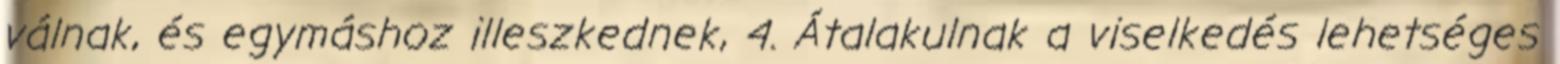
válnak, és egymáshoz illeszkednek, 4. Átalakulnak a viselkedés lehetséges